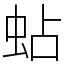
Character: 蛅